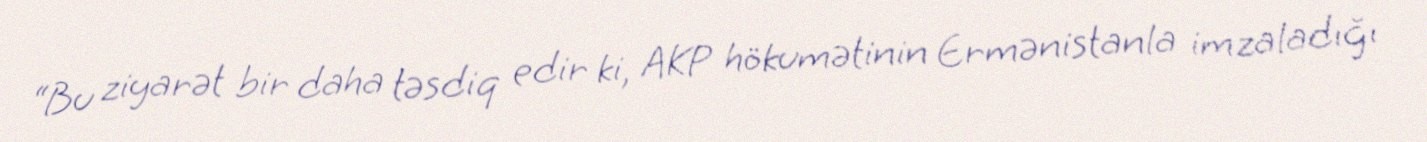
“Bu ziyarət bir daha təsdiq edir ki, AKP hökumətinin Ermənistanla imzaladığı